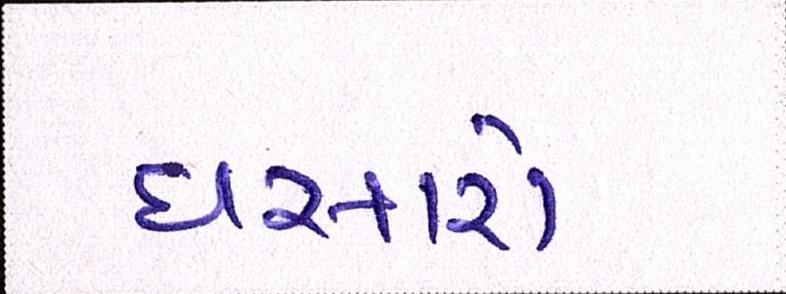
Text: ધસારો